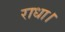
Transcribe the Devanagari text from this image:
राधा।